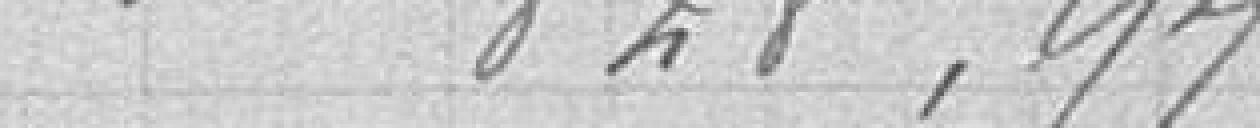
828,97